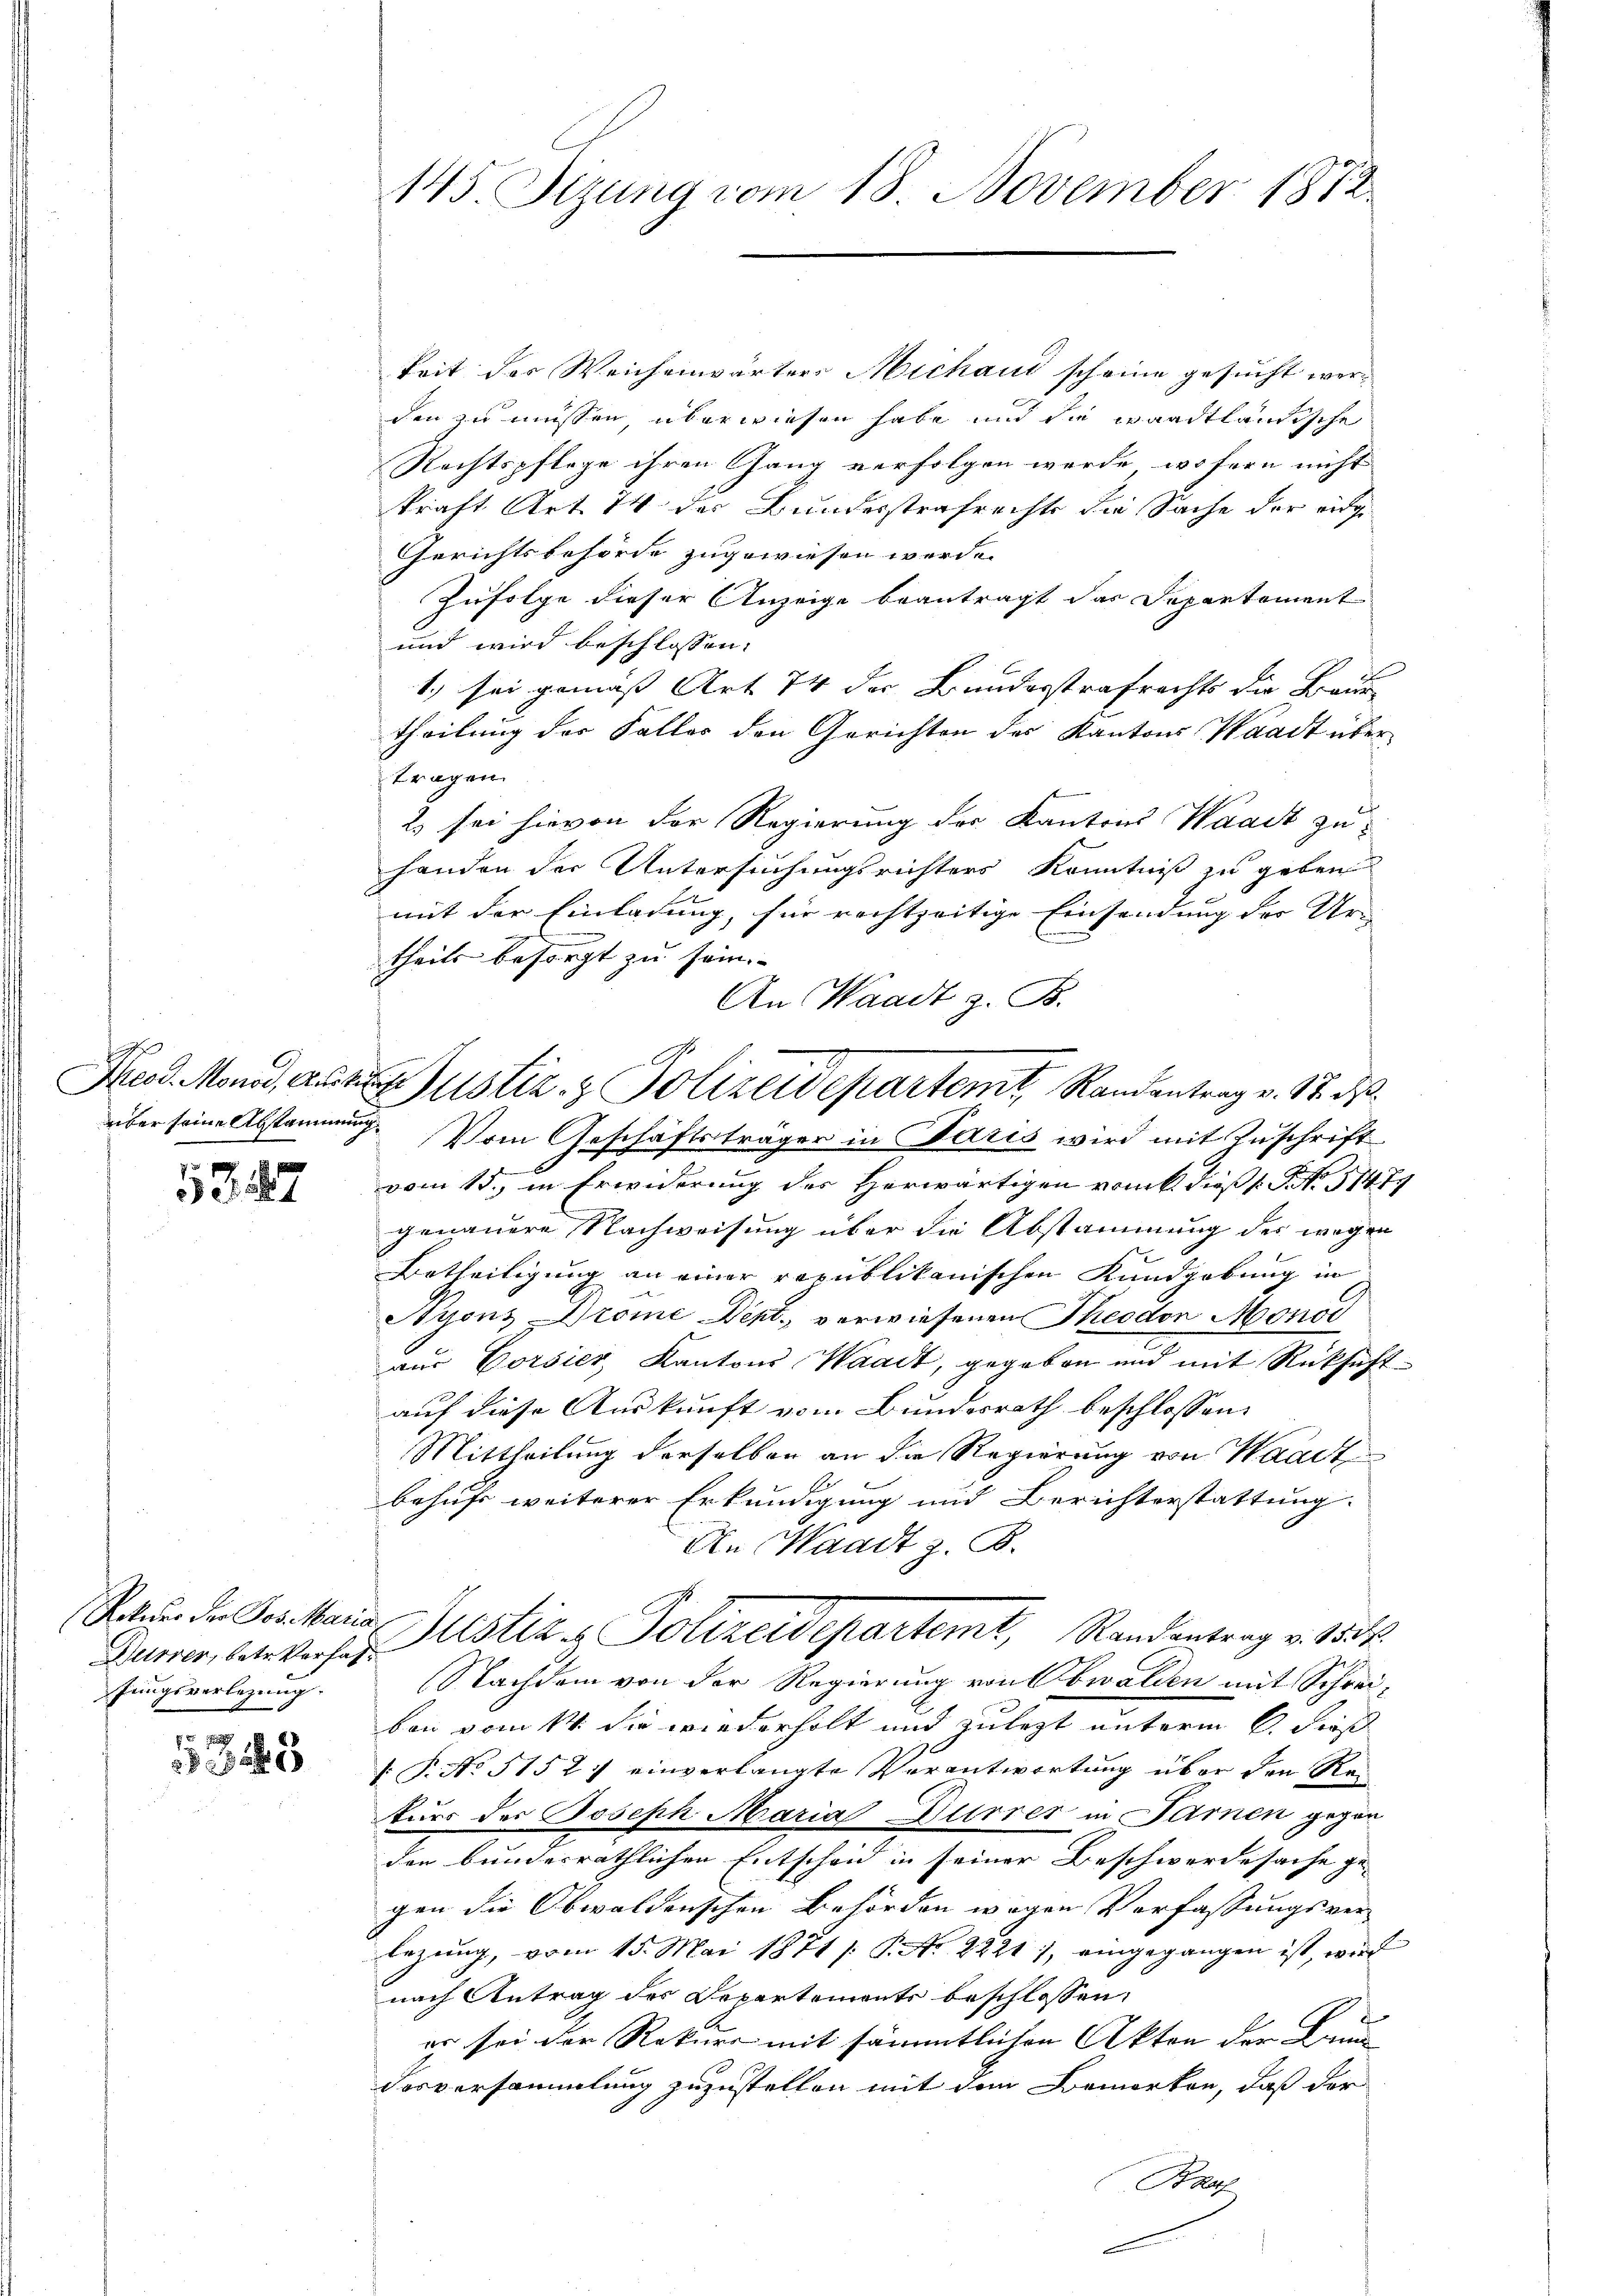
2

5317

Hurrer, betr. Verfahfungsverlegung.

1323

keit der Weichenwärters Michaud scheine gesucht werden zu müssen, überwiesen habe und die waadtländische
Rechtspflege ihren Gang verfolgen werde, wofern nicht
kraft Art. 74 der Bundesstrafrechte die Sache der eidge
Gerichtsbehörde zugewiesen werde.
Zufolge dieser Anzeige beantragt das Departement
und wird beschlossen:
1) sei gemäss Art 74 der Bundesstrafrechts die Baure
theilung der Faller den Gerichten des Kantons Waadt über
tragen.
2) sei hievon der Regierung des Kantons Waadt zu-
handen der Untersuchungsrichters Kenntniß zu geben
mit der Einladung, für rechtzeitige Einsendung der Ur-
theils besorgt zu sein.
An Waadt z. B.
A
Meod. Monod, auf Justiz & Polizeidepartem Randantrag v. 17. ds.
über seine Abstammung. Vom Geschäftsträger in Paris wird mit Zuschrift
vom 15., in Erwiderung des Herwärtigen vom k. Dieß s. S. 51479
genauere Nachweisung über die Abstammung des wegen
Betheiligung an einer republikanischen Kundgebung in
Ayons Prome Dept., verwiesenen Theodor Monot
aus Vorsier Kantons Waadt, gegeben und mit Rücksicht
auf diese Auskunft vom Bundesrath beschlossen:
Mittheilung derselben an die Regierung von Waadt
behufs weiterer Erkundigung und Berichterstattung.
An Waadt z. B.
C
Ratur der Geschaus Justiz & Polizeidepartemt, Randentrag v. 1534.
Nachdem von der Regierung von Obwalden mit Schreiben vom 14. Sie wiederholt und zulegt unterm 6. dieß
V. P. No 51527 einverlangte Verantwortung über den Rekurs des Joseph Maria Dürrer in Paren gegen
der bundesräthlichen Entscheid in seiner Beschwerde sache ge-
gen die Obwaldenschen Behörden wegen Verfassungsverlegung, vom 15. Mai 1871 /: P. Nr. 22211, eingegangen ist, wie
nach Antrag des Departements beschlossen:
er sei der Rekurs mit sämmtlichen Akten der Brun
desversammlung zuzustellen mit dem Bemerken, daß der
Bhaf

145. Sizung vom 18. November 1872.